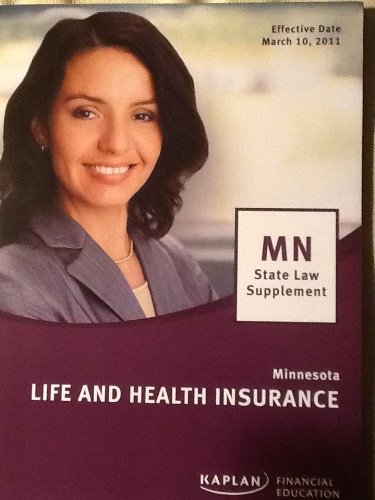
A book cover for Minnsota Life and Health Insurance (MN State Law Supplement); Kaplan; Business & Money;